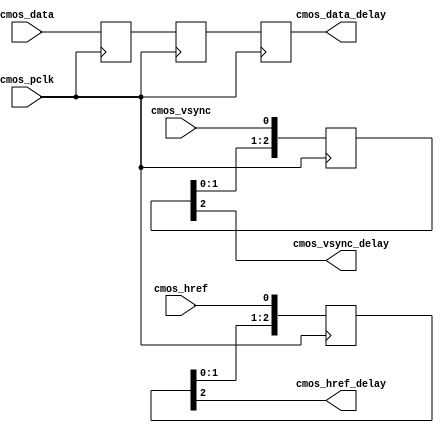
// This program was cloned from: https://github.com/MongooseOrion/FPGA_atoms
// License: MIT License

module camera_delay
(
   input                cmos_pclk,              //cmos pxiel clock
   input                cmos_href,              //cmos hsync refrence
	input                cmos_vsync,             //cmos vsync
	input     [7:0]      cmos_data,              //cmos data

   output               cmos_href_delay,              //cmos hsync refrence
	output               cmos_vsync_delay,             //cmos vsync
	output     [7:0]     cmos_data_delay              //cmos data
) ;

reg [2:0] cmos_href_buf ;
reg [2:0] cmos_vsync_buf ;
reg [7:0] cmos_data_d0 ;
reg [7:0] cmos_data_d1 ;
reg [7:0] cmos_data_d2 ;


always @(posedge cmos_pclk)
begin 
  cmos_href_buf <= {cmos_href_buf[1:0], cmos_href} ;
end

always @(posedge cmos_pclk)
begin 
  cmos_vsync_buf <= {cmos_vsync_buf[1:0], cmos_vsync} ;
end

always @(posedge cmos_pclk)
begin 
  cmos_data_d0 <= cmos_data ;
  cmos_data_d1 <= cmos_data_d0 ;
  cmos_data_d2 <= cmos_data_d1 ;
end

assign cmos_href_delay = cmos_href_buf[2] ;
assign cmos_vsync_delay = cmos_vsync_buf[2] ;
assign cmos_data_delay = cmos_data_d2 ;



endmodule